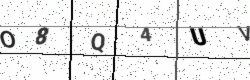
Text: O8Q4UV